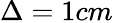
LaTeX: \Delta=1cm